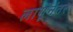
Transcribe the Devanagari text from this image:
लागूंनंतर